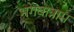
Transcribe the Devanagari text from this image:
भगवान्नाम